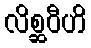
လိစ္ဆဝီဟိ